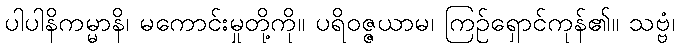
ပါပါနိကမ္မာနိ၊ မကောင်းမှုတို့ကို။ ပရိဝဇ္ဇယာမ၊ ကြဉ်ရှောင်ကုန်၏။ သဗ္ဗံ၊